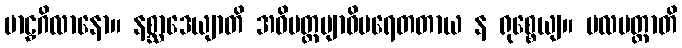
ဗာဠှဂိလာနော။ နစ္ဆာဒေယျာတိ အဓိမတ္တဗျာဓိပရေတတာယ န ရုစ္စေယျ။ ဗလမတ္တာတိ